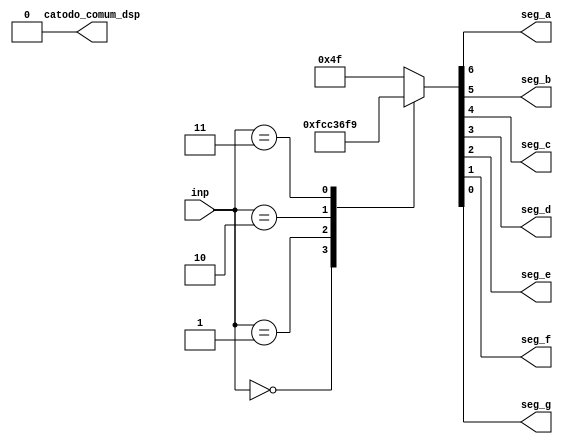
module seven_segment_cntrl (
  input [2:0] inp,            
  output reg seg_a, seg_b, seg_c, seg_d,  
  output reg seg_e, seg_f, seg_g,
  output catodo_comum_dsp  
);
  assign catodo_comum_dsp = 0;
  always@ (inp) begin
    
    case(inp)
      // 7-segment display apresenta '0' quando entrada  igual a "000"
      // 7-segment display apresenta '1' quando entrada  igual a "001"
      // 7-segment display apresenta '2' quando entrada  igual a "010"
      // 7-segment display apresenta '3' quando entrada  igual a "011"
      // 7-segment display apresenta 'E' quando entrada tiver outros valores
		
      3'B000  : {seg_a,seg_b,seg_c,seg_d,seg_e,seg_f,seg_g} = 7'b1111110;  
      3'B001  : {seg_a,seg_b,seg_c,seg_d,seg_e,seg_f,seg_g} = 7'b0110000;  
      3'B010  : {seg_a,seg_b,seg_c,seg_d,seg_e,seg_f,seg_g} = 7'b1101101;
      3'B011  : {seg_a,seg_b,seg_c,seg_d,seg_e,seg_f,seg_g} = 7'b1111001;
      default : {seg_a,seg_b,seg_c,seg_d,seg_e,seg_f,seg_g} = 7'b1001111;
    endcase
  end 
endmodule